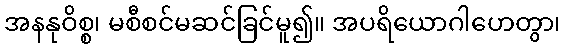
အနနုဝိစ္စ၊ မစီစင်မဆင်ခြင်မူ၍။ အပရိယောဂါဟေတွာ၊